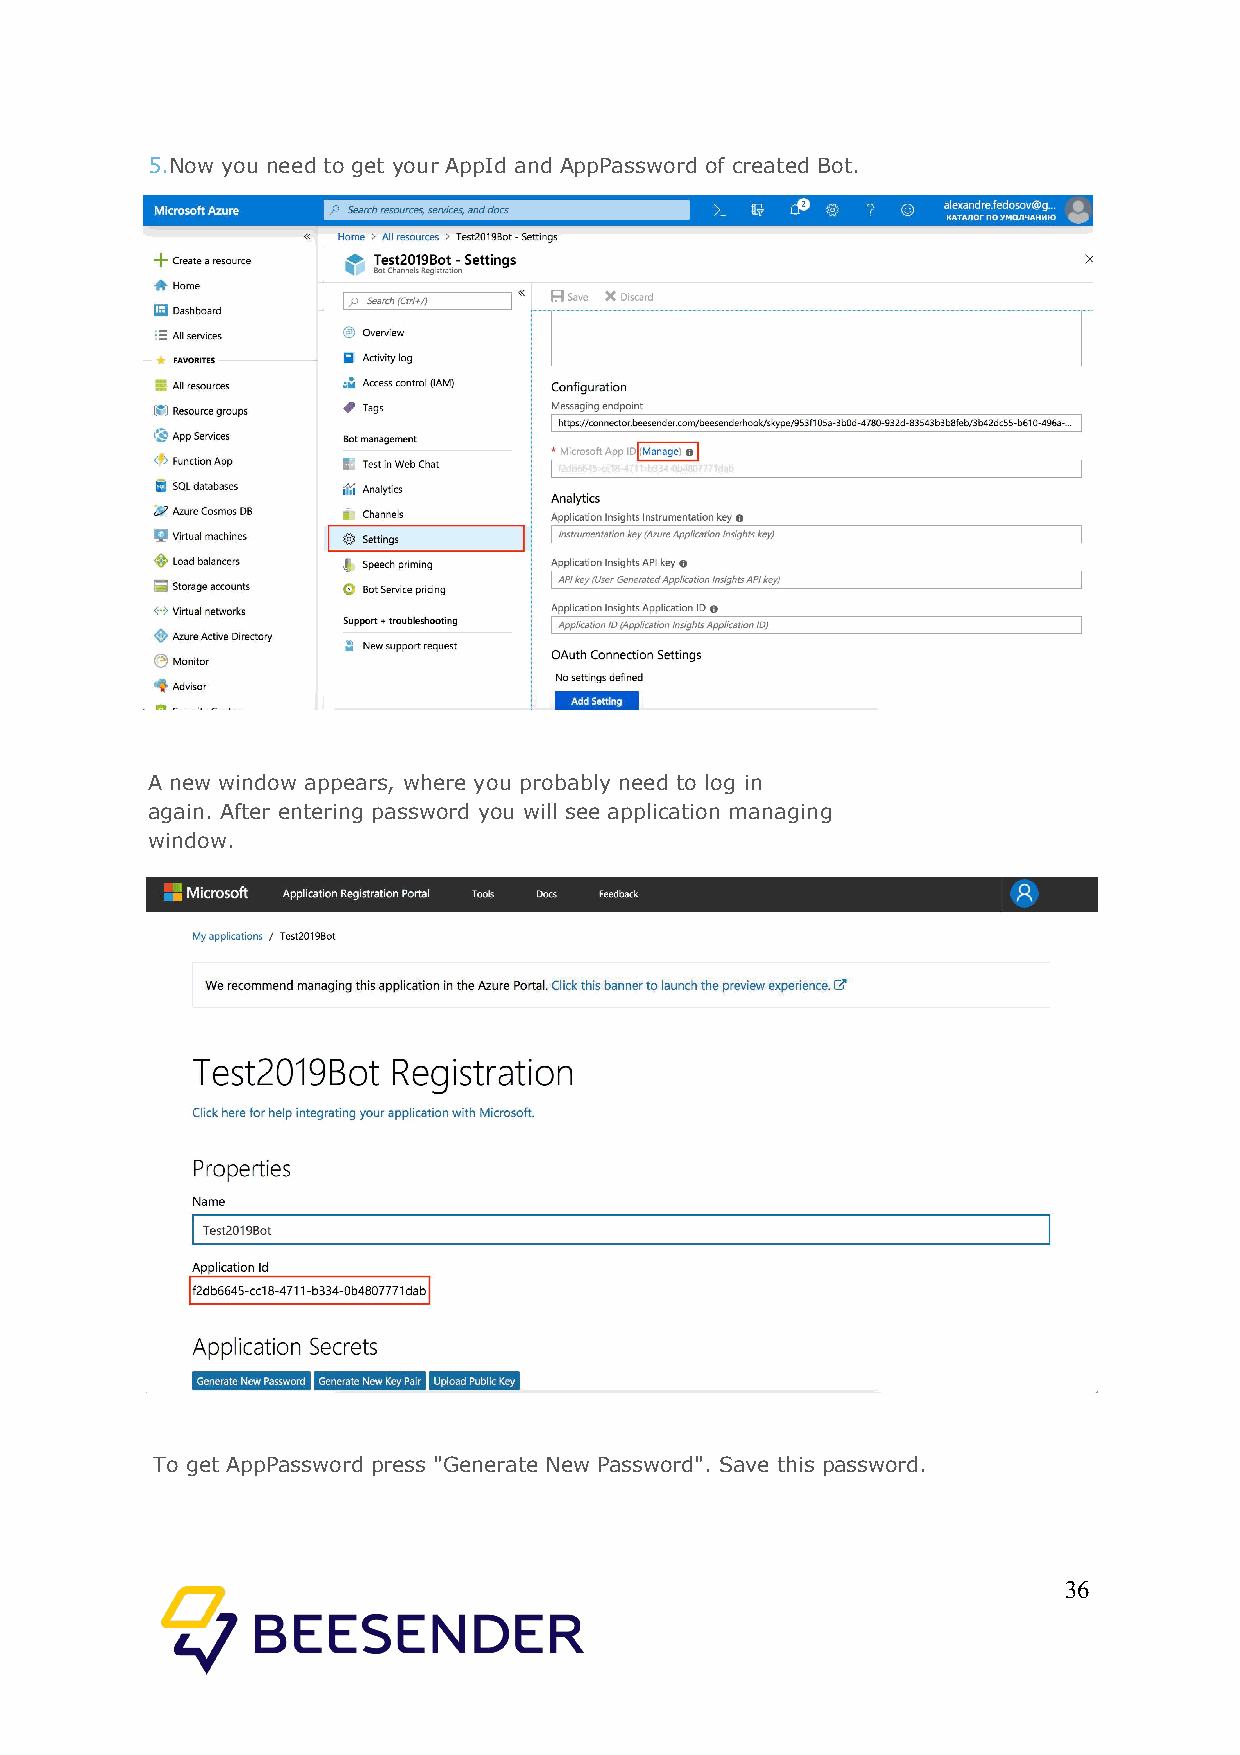
5.Now you need to get your AppId and AppPassword of created Bot.
 A new window appears, where you probably need to log in
 again. After entering password you will see application managing
 window.
 To get AppPassword press "Generate New Password". Save this password.
 36